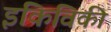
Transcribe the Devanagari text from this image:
इकिविकी